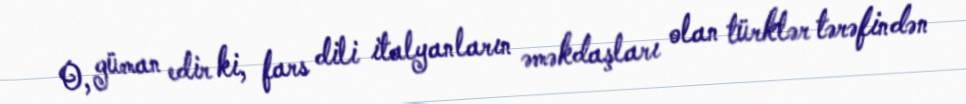
O, güman edir ki, fars dili italyanların əməkdaşları olan türklər tərəfindən